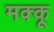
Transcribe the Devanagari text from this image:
मक्‍कू